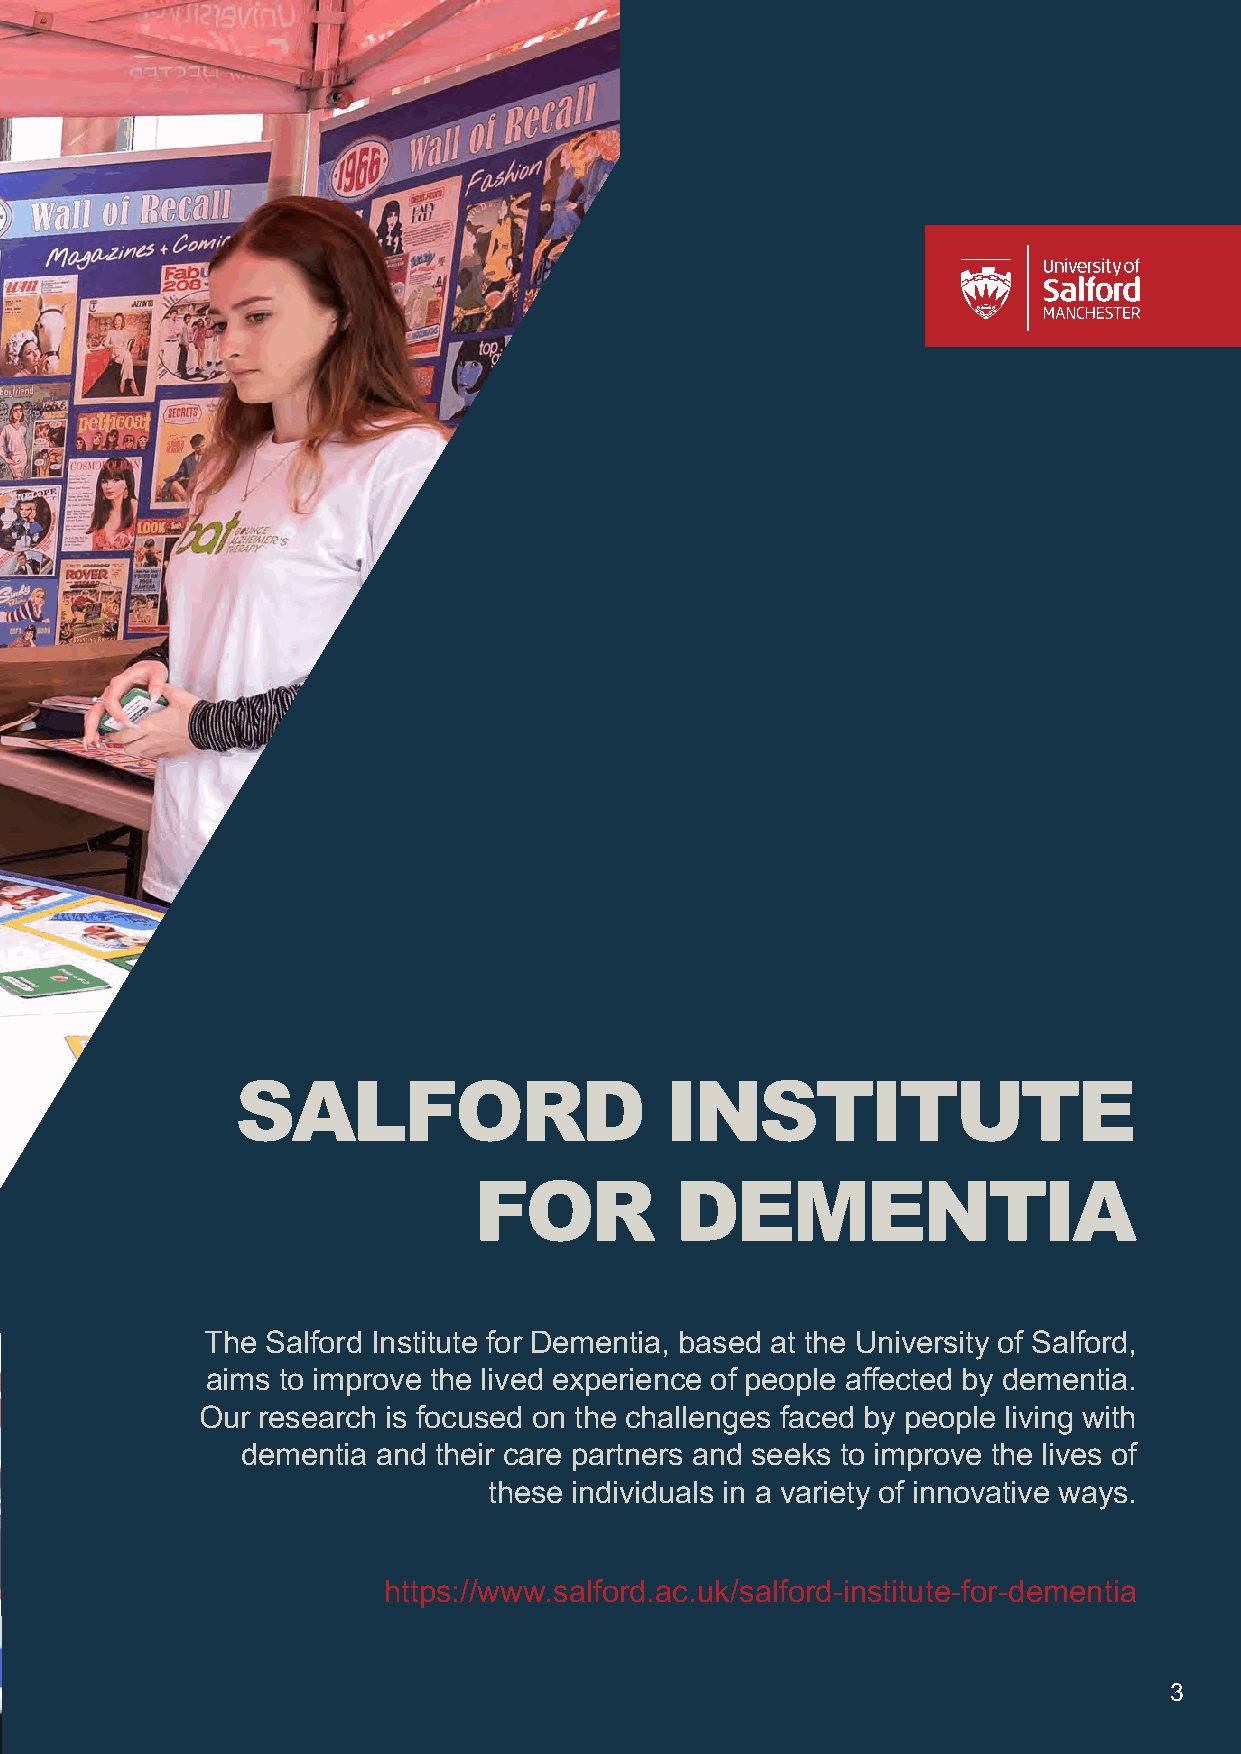
SALFORD                     INSTITUTE
 FOR           DEMENTIA
 The Salford Institute for Dementia, based at the University of Salford,
 aims to improve the lived experience of people affected by dementia.
 Our research is focused on the challenges faced by people living with
 dementia and their care partners and seeks to improve the lives of
 these individuals in a variety of innovative ways.
 https://www.salford.ac.uk/salford-institute-for-dementia
 3